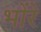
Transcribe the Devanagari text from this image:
भोंरे